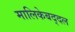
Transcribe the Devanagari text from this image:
मालिकेबद्दल